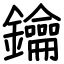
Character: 鑰